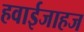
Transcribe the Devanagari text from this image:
हवाईजाहज